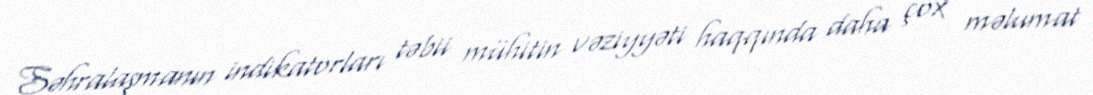
Səhralaşmanın indikatorları təbii mühitin vəziyyəti haqqında daha çox məlumat